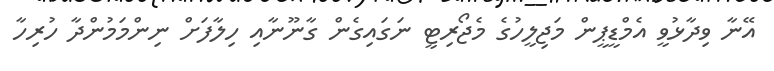
އޭނާ ވިދާޅުވީ އެމްޑީޕީން މަޖިލީހުގެ މެޖޯރިޓީ ނަގައިގެން ގާނޫނާއި ހިލާފަށް ނިންމަމުންދާ ހުރިހާ